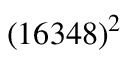
( 1 6 3 4 8 ) ^ { 2 }